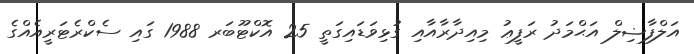
އަލްފާޟިލް އަޙްމަދު ރަފީޢު މިއިދާރާއާއި ގުޅިވަޑައިގަތީ 25 އޮކްޓޫބަރ 1988 ގައި ސެކްރެޓަރީއެއްގެ